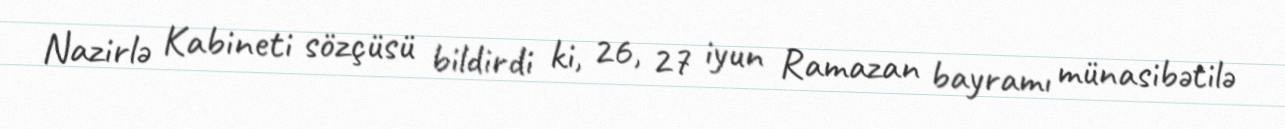
Nazirlə Kabineti sözçüsü bildirdi ki, 26, 27 iyun Ramazan bayramı münasibətilə